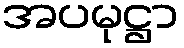
အပမုဋ္ဌာ